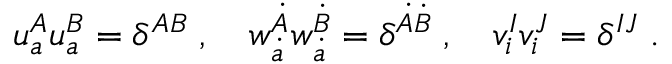
u _ { a } ^ { A } u _ { a } ^ { B } = \delta ^ { A B } \; , \quad w _ { \dot { a } } ^ { \dot { A } } w _ { \dot { a } } ^ { \dot { B } } = \delta ^ { \dot { A } \dot { B } } \; , \quad v _ { i } ^ { I } v _ { i } ^ { J } = \delta ^ { I J } \; .